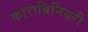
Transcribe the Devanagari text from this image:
काराबिनियरी